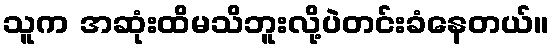
သူက အဆုံးထိမသိဘူးလို့ပဲတင်းခံနေတယ်။